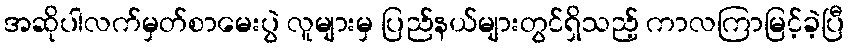
အဆိုပါလက်မှတ်စာမေးပွဲ လူများမှ ပြည်နယ်များတွင်ရှိသည့် ကာလကြာမြင့်ခဲ့ပြီ